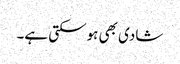
شادی بھی ہوسکتی ہے۔